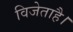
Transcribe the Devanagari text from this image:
विजेताहै।